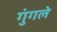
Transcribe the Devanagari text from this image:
गुंगले